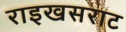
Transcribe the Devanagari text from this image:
राइखसराट